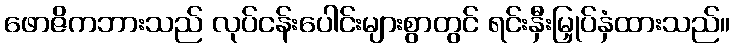
ဖောဇိကဘားသည် လုပ်ငန်းပေါင်းများစွာတွင် ရင်းနှီးမြှုပ်နှံထားသည်။